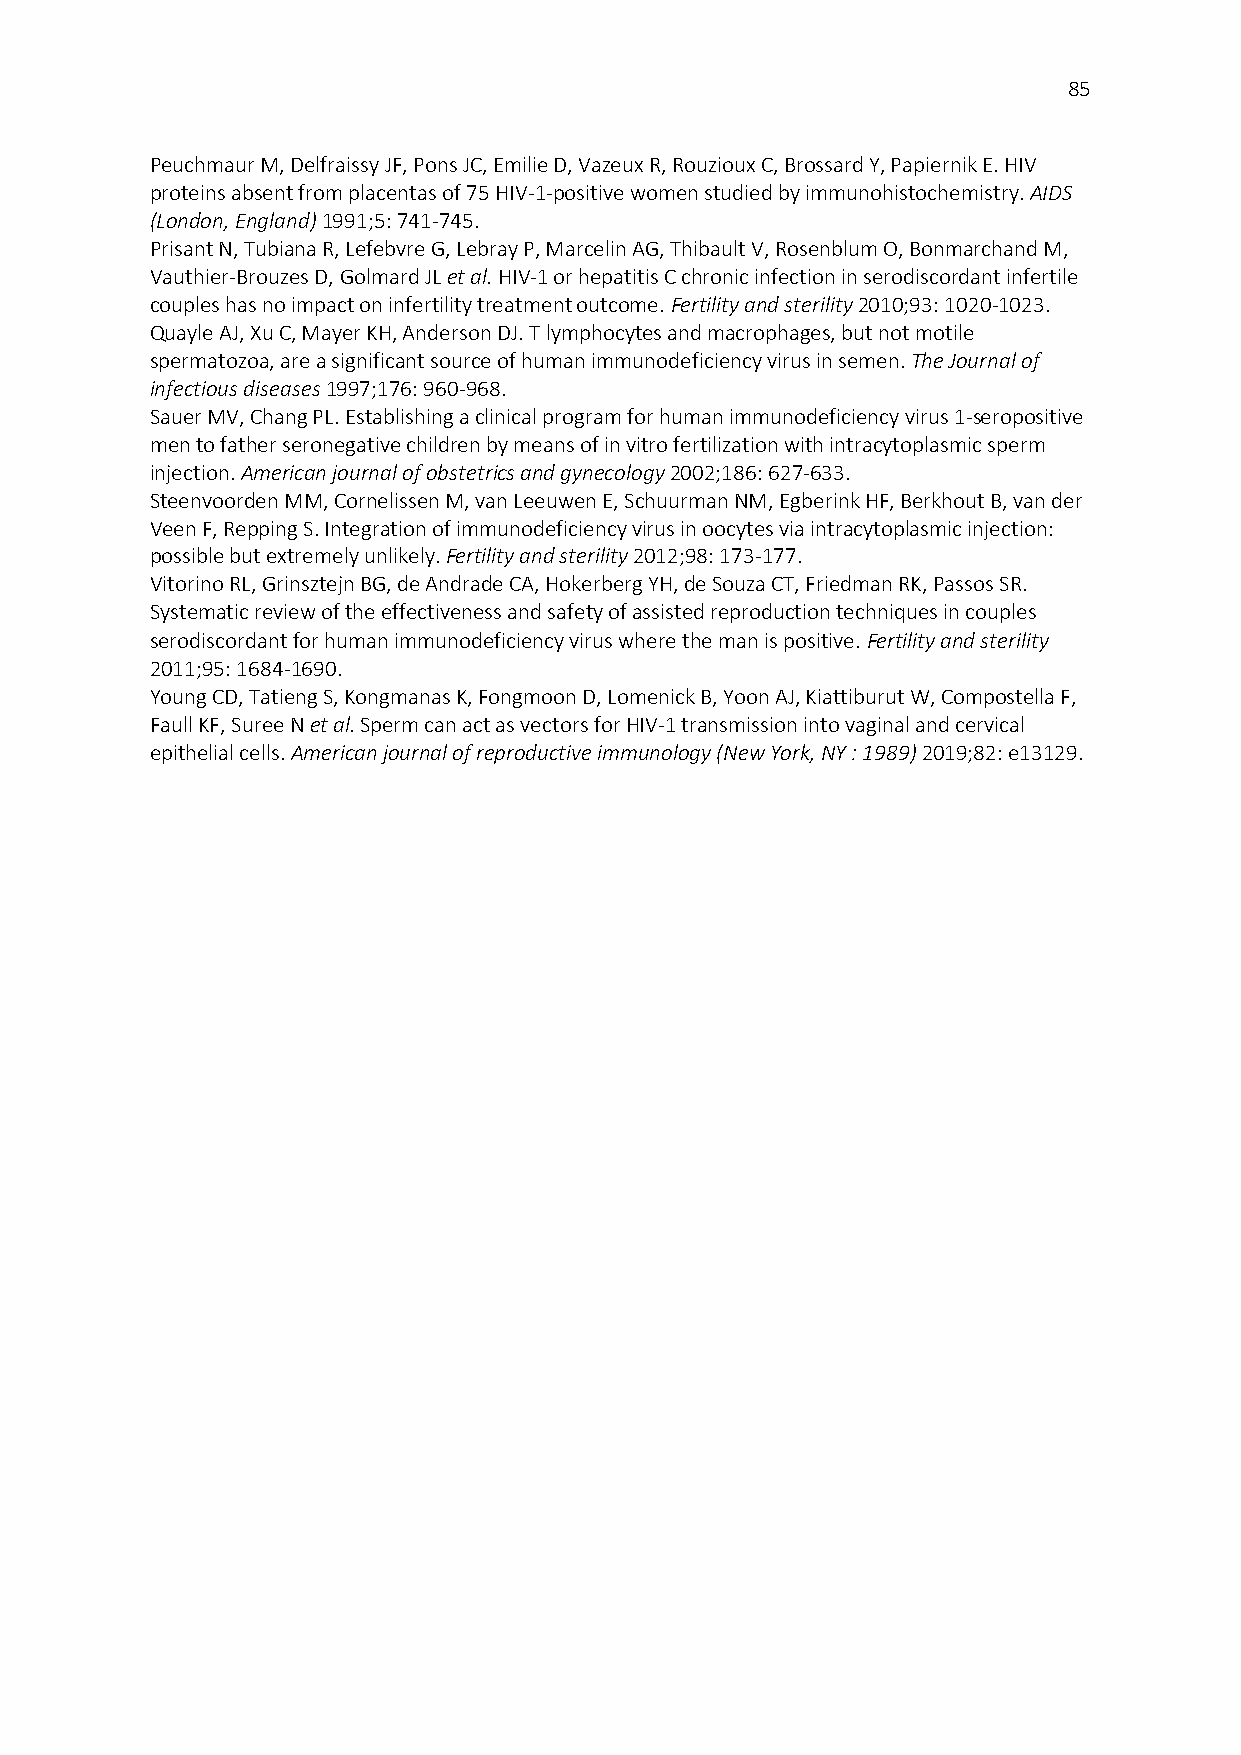
85
 Peuchmaur M, Delfraissy JF, Pons JC, Emilie D, Vazeux R, Rouzioux C, Brossard Y, Papiernik E. HIV
 proteins absent from placentas of 75 HIV-1-positive women studied by immunohistochemistry. AIDS
 (London, England) 1991;5: 741-745.
 Prisant N, Tubiana R, Lefebvre G, Lebray P, Marcelin AG, Thibault V, Rosenblum O, Bonmarchand M,
 Vauthier-Brouzes D, Golmard JL et al. HIV-1 or hepatitis C chronic infection in serodiscordant infertile
 couples has no impact on infertility treatment outcome. Fertility and sterility 2010;93: 1020-1023.
 Quayle AJ, Xu C, Mayer KH, Anderson DJ. T lymphocytes and macrophages, but not motile
 spermatozoa, are a significant source of human immunodeficiency virus in semen. The Journal of
 infectious diseases 1997;176: 960-968.
 Sauer MV, Chang PL. Establishing a clinical program for human immunodeficiency virus 1-seropositive
 men to father seronegative children by means of in vitro fertilization with intracytoplasmic sperm
 injection. American journal of obstetrics and gynecology 2002;186: 627-633.
 Steenvoorden MM, Cornelissen M, van Leeuwen E, Schuurman NM, Egberink HF, Berkhout B, van der
 Veen F, Repping S. Integration of immunodeficiency virus in oocytes via intracytoplasmic injection:
 possible but extremely unlikely. Fertility and sterility 2012;98: 173-177.
 Vitorino RL, Grinsztejn BG, de Andrade CA, Hokerberg YH, de Souza CT, Friedman RK, Passos SR.
 Systematic review of the effectiveness and safety of assisted reproduction techniques in couples
 serodiscordant for human immunodeficiency virus where the man is positive. Fertility and sterility
 2011;95: 1684-1690.
 Young CD, Tatieng S, Kongmanas K, Fongmoon D, Lomenick B, Yoon AJ, Kiattiburut W, Compostella F,
 Faull KF, Suree N et al. Sperm can act as vectors for HIV-1 transmission into vaginal and cervical
 epithelial cells. American journal of reproductive immunology (New York, NY : 1989) 2019;82: e13129.